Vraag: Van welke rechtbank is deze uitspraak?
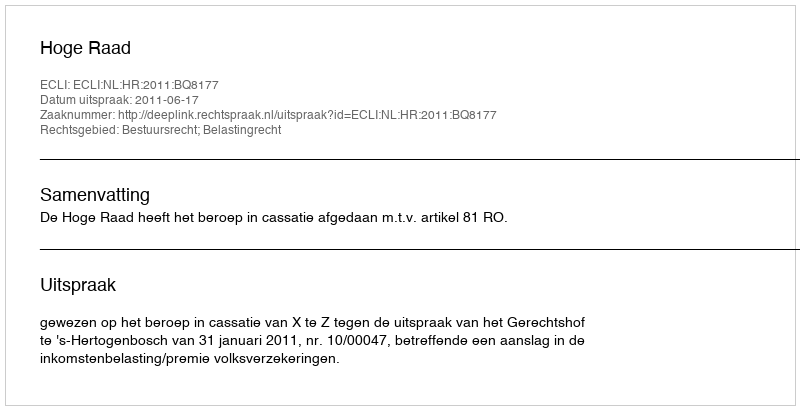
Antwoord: Hoge Raad